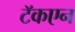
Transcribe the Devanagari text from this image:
टॅकएन